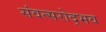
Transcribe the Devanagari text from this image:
संवत्सरोद्भव